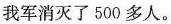
我军消灭了500多人。